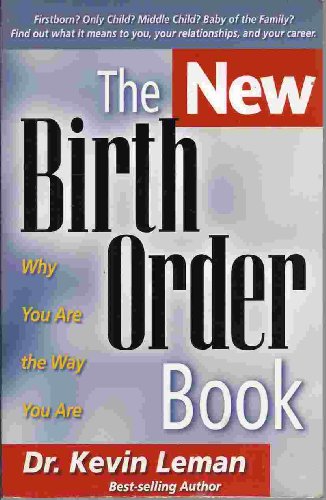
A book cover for The New Birth Order Book: Why You are the Way You are; Kevin Leman; Parenting & Relationships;